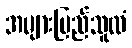
အများပြည်သူထံ